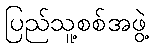
ပြည်သူ့စစ်အဖွဲ့